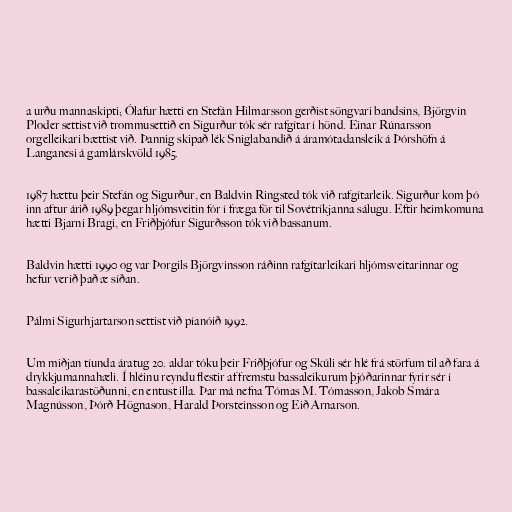
a urðu mannaskipti; Ólafur hætti en Stefán Hilmarsson gerðist söngvari bandsins, Björgvin
Ploder settist við trommusettið en Sigurður tók sér rafgítar í hönd. Einar Rúnarsson
orgelleikari bættist við. Þannig skipað lék Sniglabandið á áramótadansleik á Þórshöfn á
Langanesi á gamlárskvöld 1985.

1987 hættu þeir Stefán og Sigurður, en Baldvin Ringsted tók við rafgítarleik. Sigurður kom þó
inn aftur árið 1989 þegar hljómsveitin fór í fræga för til Sovétríkjanna sálugu. Eftir heimkomuna
hætti Bjarni Bragi, en Friðþjófur Sigurðsson tók við bassanum.

Baldvin hætti 1990 og var Þorgils Björgvinsson ráðinn rafgítarleikari hljómsveitarinnar og
hefur verið það æ síðan.

Pálmi Sigurhjartarson settist við píanóið 1992.

Um miðjan tíunda áratug 20. aldar tóku þeir Friðþjófur og Skúli sér hlé frá störfum til að fara á
drykkjumannahæli. Í hléinu reyndu flestir af fremstu bassaleikurum þjóðarinnar fyrir sér í
bassaleikarastöðunni, en entust illa. Þar má nefna Tómas M. Tómasson, Jakob Smára
Magnússon, Þórð Högnason, Harald Þorsteinsson og Eið Arnarson.